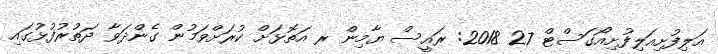
އަލިފުށިއަލިފުށިއޯގަސްޓް 27 2018: ރައީސް ޔާމިން ރ އަތޮޅަަށް ކުރަށްވަމުން ގެންދަވާ ދަތުރުފުޅުގައި